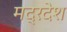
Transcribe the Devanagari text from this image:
मद्रदेश